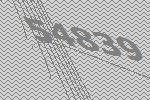
54839